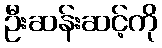
ဦးဆန်းဆင့်ကို